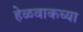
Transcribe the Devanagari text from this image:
हेळवाकच्या